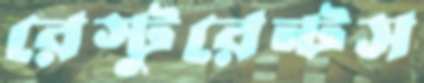
রেস্টুরেন্টস